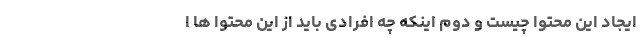
ایجاد این محتوا چیست و دوم اینکه چه افرادی باید از این محتوا ها ا